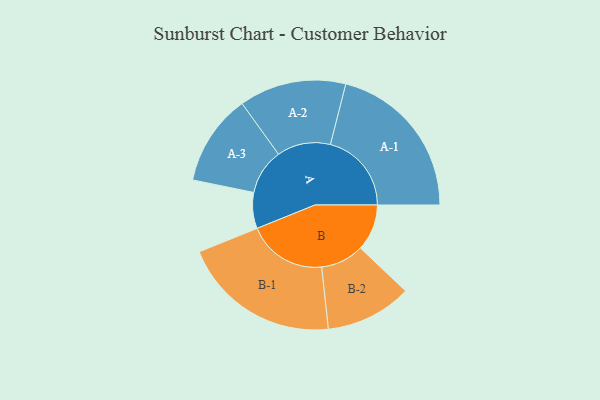
{"axis": {"x": "Segment", "y": "Value"}, "legend": ["", "A", "B"], "data": [{"x": "A", "y": 129, "type": ""}, {"x": "B", "y": 167, "type": ""}, {"x": "A-1", "y": 291, "type": "A"}, {"x": "A-2", "y": 192, "type": "A"}, {"x": "A-3", "y": 164, "type": "A"}, {"x": "B-1", "y": 285, "type": "B"}, {"x": "B-2", "y": 155, "type": "B"}]}